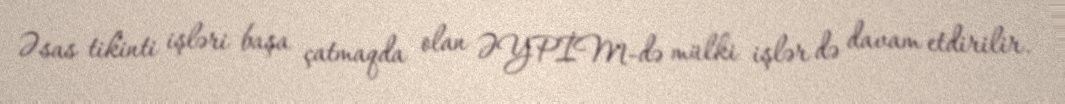
Əsas tikinti işləri başa çatmaqda olan ƏYPİM-də mülki işlər də davam etdirilir.